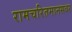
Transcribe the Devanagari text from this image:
रामचरितमानसवर